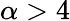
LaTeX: \alpha>4